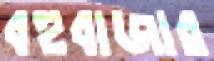
বহুবাজার